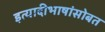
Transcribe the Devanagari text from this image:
इत्यादीभाषांसोबत